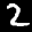
Label: 2